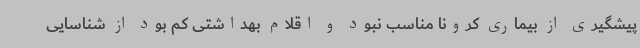
پیشگیری از بیماری کرونا مناسب نبود و اقلام بهداشتی کم بود از شناسایی